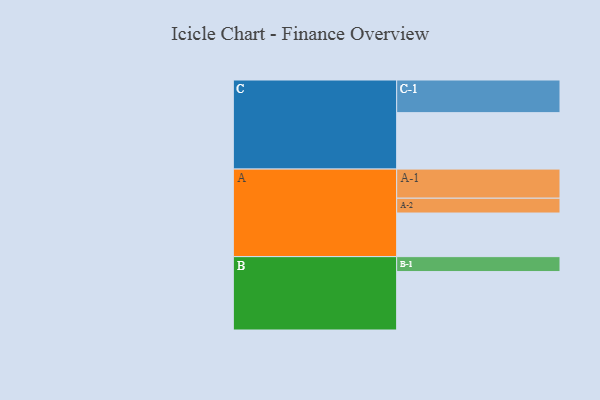
{"axis": {"x": "Segment", "y": "Value"}, "legend": ["", "A", "B", "C"], "data": [{"x": "A", "y": 394, "type": ""}, {"x": "B", "y": 528, "type": ""}, {"x": "C", "y": 510, "type": ""}, {"x": "A-1", "y": 263, "type": "A"}, {"x": "A-2", "y": 134, "type": "A"}, {"x": "B-1", "y": 135, "type": "B"}, {"x": "C-1", "y": 295, "type": "C"}]}